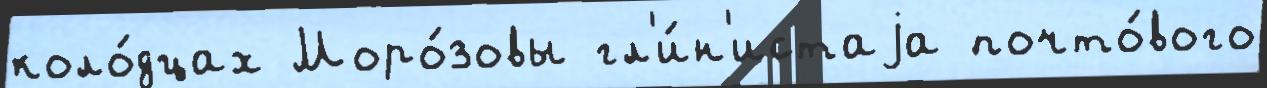
коло́дцах Моро́зовы гл'и́н'истаjа почто́вого